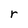
Character: r